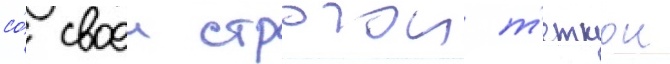
со́ своеи строгои т'еткои